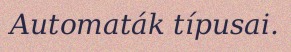
Automaták típusai.